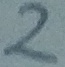
Text: 2